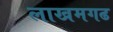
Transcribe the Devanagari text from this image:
लाखमगढ